First report of the anti-malarial operations at Mian Mir, 1901-1903 - Number 6
Year: 1901
Disease focus: Malaria
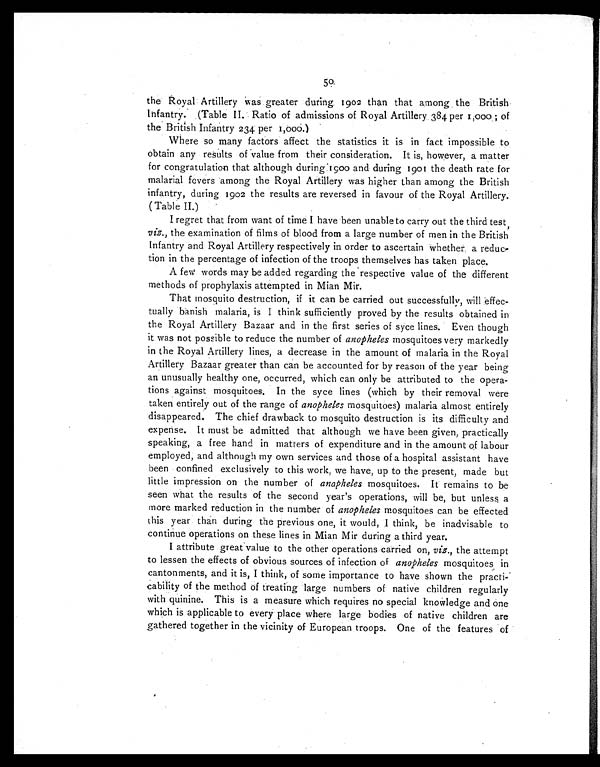
50
the Royal Artillery was greater during. 1902 than that among the British
Infantry. (Table II. Ratio of admissions of Royal Artillery 384 per 1,000 ; of
the British Infantry 234 per 1,000.)
Where so many factors affect the statistics it is in fact impossible to
obtain any results of value from their consideration. It is, however, a matter
for congratulation that although during 1900 and during 1901 the death rate for
malarial fevers among the Royal Artillery was higher than among the British
infantry, during 1902 the results are reversed in favour of the Royal Artillery.
(Table II.)
I regret that from want of time I have been unable to carry out the third test,
viz., the examination of films of blood from a large number of men in the British
Infantry and Royal Artillery respectively in order to ascertain whether a reduc
-tion in the percentage of infection of the troops themselves has taken place.
A few words may be added regarding the respective value of the different
methods of prophylaxis attempted in Mian Mir.
That mosquito destruction, if it can be carried out successfully, will effec
- t u a l l y b a n i s h m a l a r i a , i s I t h i n k s u f f i c i e n t l y p r o v e d b y t h e r e s u l t s o b t a i n e d i n
the Royal Artillery Bazaar and in the first series of syce lines. Even though
it was not possible to reduce the number of anopheles mosquitoes very markedly
in the Royal Artillery lines, a decrease in the amount of malaria in the Royal
Artillery Bazaar greater than can be accounted for by reason of the year being
an unusually healthy one, occurred, which can only be attributed to the opera
- t i o n s a g a i n s t m o s q u i t o e s . I n t h e s y c e l i n e s ( w h i c h b y t h e i r r e m o v a l w e r e
taken entirely out of the range of anopheles mosquitoes) malaria almost entirely
disappeared. The chief drawback to mosquito destruction is its difficulty and
expense. It must be admitted that although we have been given, practically
speaking, a free hand in matters of expenditure and in the amount of labour
employed, and although my own services and those of a hospital assistant have
been confined exclusively to this work, we have, up to the present, made but
little impression on the number of anopheles mosquitoes. It remains to be
seen what the results of the second year's operations, will be, but unless a
more marked reduction in the number of anopheles mosquitoes can be effected
this year than during the previous one, it would, I think, be inadvisable to
continue operations on these lines in Mian Mir during a third year.
I attribute great value to the other operations carried on, viz., the attempt
to lessen the effects of obvious sources of infection of anopheles mosquitoes
in cantonments, and it is, I think, of some importance to have shown the practi-
cability of the method of treating large numbers of native children regularly
with quinine. This is a measure which requires no special knowledge and one
which is applicable to every place where large bodies of native children are
gathered together in the vicinity of European troops. One of the features of